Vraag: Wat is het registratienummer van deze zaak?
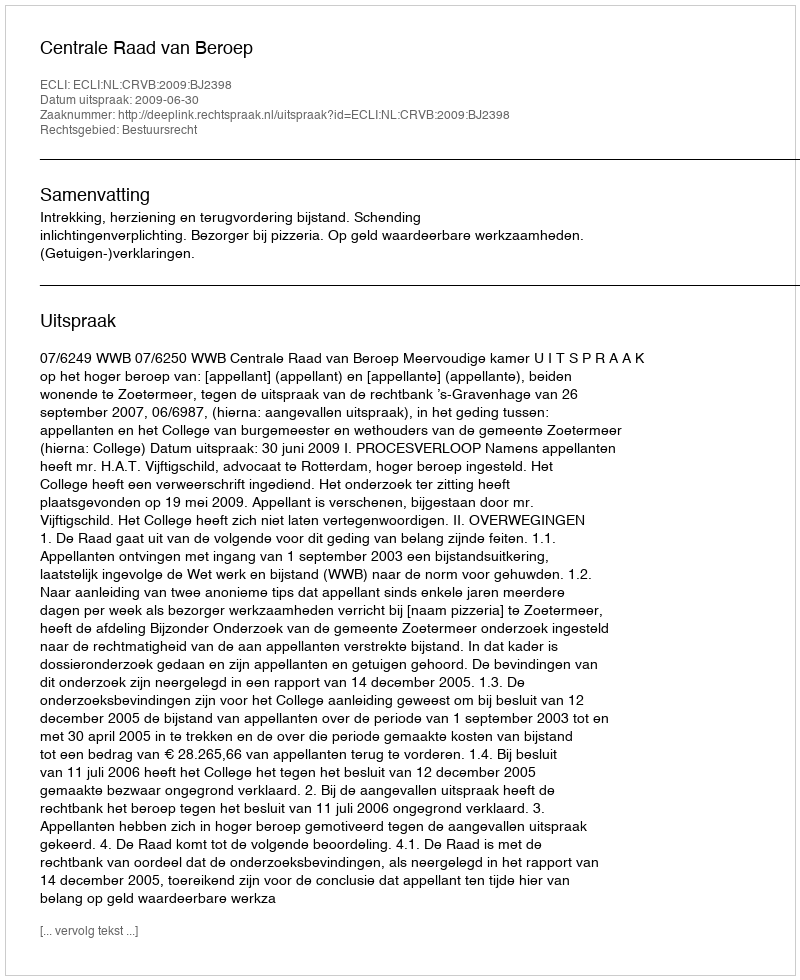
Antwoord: http://deeplink.rechtspraak.nl/uitspraak?id=ECLI:NL:CRVB:2009:BJ2398